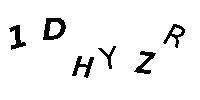
1DHYZR